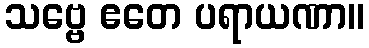
သဗ္ဗေ ဧတေ ပရာယဏာ။